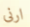
ارنى